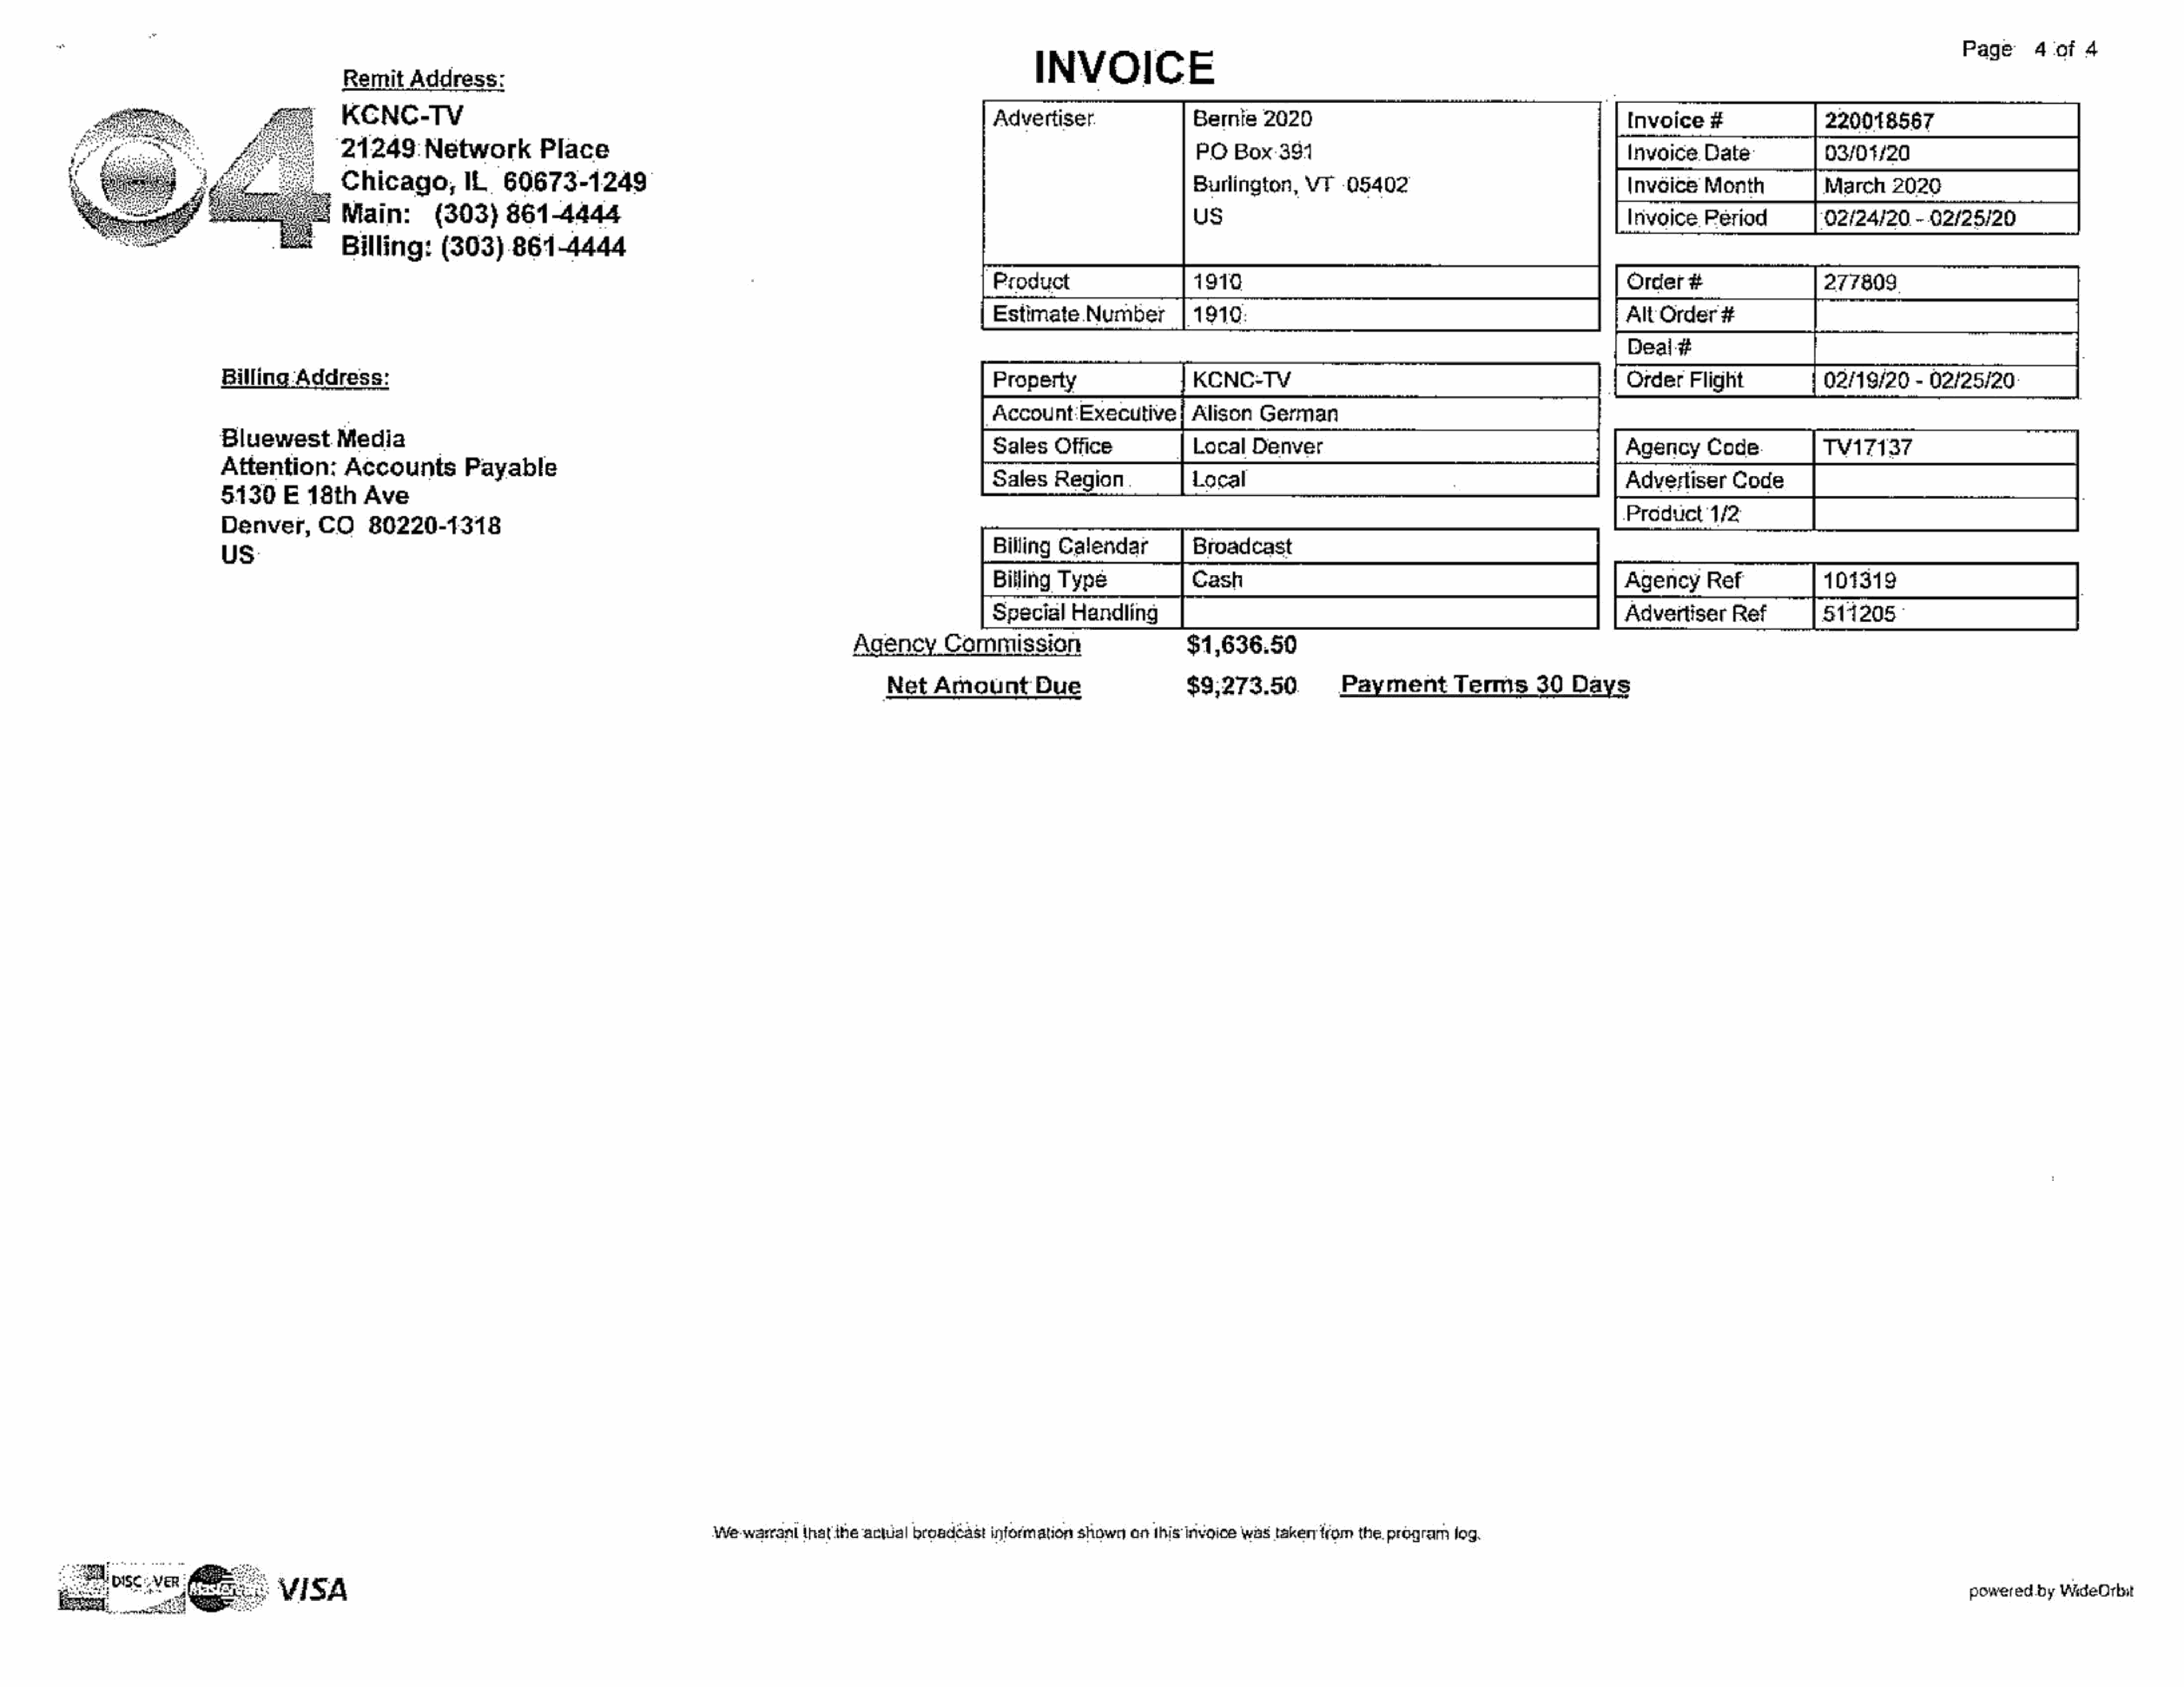
Page      4  of  4
 Remit     Address:
 INVOICE
 [invoise#                    ___[maooiessr
 KCNC-TV                                                                                      Advertiser.                  Bernie    2020
 21249:      Network         Place                                                                                         PO   Box.391
 Chicago,IL             60673-1249                                                                                         Burlington,     VT    -05402
 Main:        (303)     861-4444                                                                                           us
 Billing:      (303)     861-4444
 277809
 AuOnder#                   SSCS
 EstimateNumber             [1910
 PSY
 02/19/20     - 02/25/20
 Billing-Address:
 Property                     KCNC-TV
 Account     Executive
 Peat                           cevail                                                                          Sales    Ofte
 Bluewest        Media
 Agency      Code             TV17137
 MEthwve                                                                                                                                                                                            [Advertiser                 [|
 Advertiser      Code
 ales     Region             ocal
 5130      E  18th    Ave
 Denver,       CO     80220-1318                                                                                 _                                                                                        prosueyy/a
 US                                                                                                            Billing  Calendar
 Billing  Type                                                                             Agency      Ref              101319
 SpecialHandiing            Ci‘“‘CS™SC™C#C#C#C#déSCWCAXGvertiser                                           Ref
 Agency       Cammission                         $1,636.50
 Net   Amount         Bue                   $9,273.50.            Payment         Terms       30   Days
 We-warrantthat   ihe actual  broadcast  information shown   anthis invoice was  takertrom   the. program  fog.
 powered.by  WideOrbit